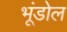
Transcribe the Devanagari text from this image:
भूंडोल